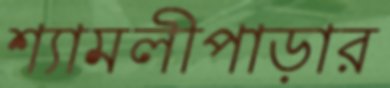
শ্যামলীপাড়ার